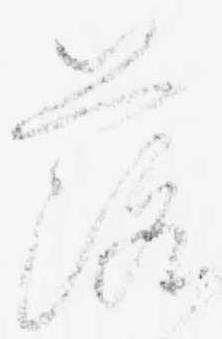
落